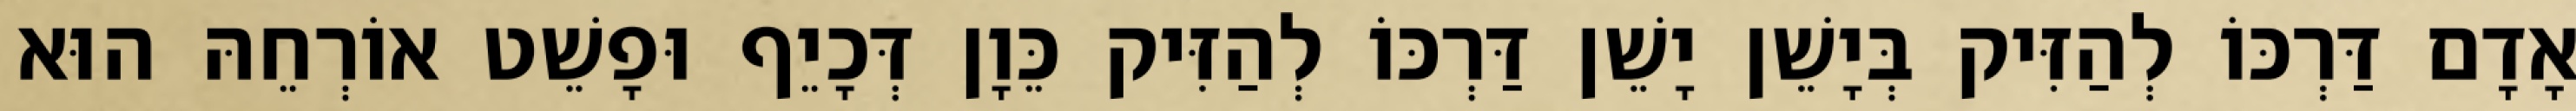
אָדָם דַּרְכּוֹ לְהַזִּיק בְּיָשֵׁן יָשֵׁן דַּרְכּוֹ לְהַזִּיק כֵּוָן דְּכָיֵף וּפָשֵׁט אוֹרְחֵהּ הוּא